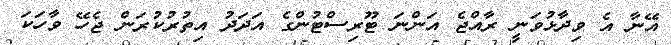
އޭނާ އެ ވިދާޅުވަނީ ރާއްޖެ އަންނަ ޓޫރިސްޓުންގެ އަދަދު އިތުރުކުރަން ޖެހޭ ވާހަކަ